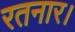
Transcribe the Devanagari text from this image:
रतनार।